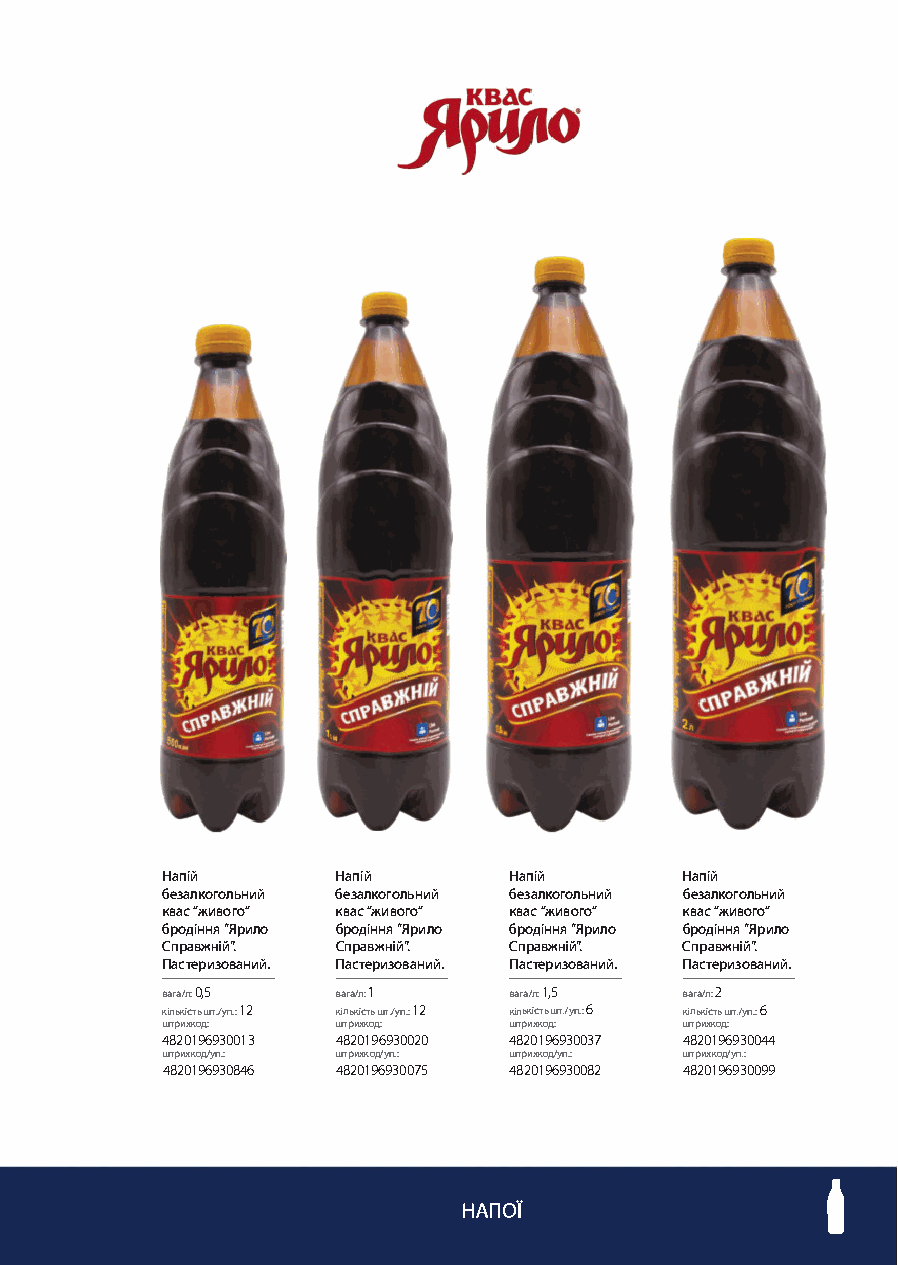
Напій      Напій       Напій      Напій
 безалкогольний безалкогольний безалкогольний безалкогольний
 квас "живого" квас "живого" квас "живого" квас "живого"
 бродіння "Ярило бродіння "Ярило бродіння "Ярило бродіння "Ярило
 Справжній'� Справжній'� Справжній'� Справжній'�
 Пастеризований. Пастеризований. Пастеризований. Пастеризований.
 вага/л: 0,5 вага/л: 1  вага/л: 1,5 вага/л: 2
 12         12
 кількість штJ уп.: кількість шт Jуп.: кількість шт Jуп.: б кількість шт Jуп.: б
 штрихк од: штрихк од:  штрихк од: штрихкод:
 4820196930013 4820196930020 4820196930037 4820196930044
 штрихкод/уп.: штрихкод/уп.: штрихкод/уп.: штрихкод/уп.:
 4820196930846 4820196930075 4820196930082 4820196930099
 І
 НАПОЇ